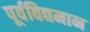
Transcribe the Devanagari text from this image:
पूर्वविद्यमान